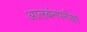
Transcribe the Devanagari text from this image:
आलबंनपरीक्षा